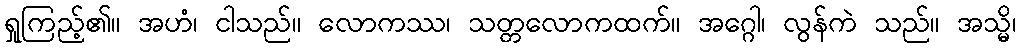
ရှုကြည့်၏။ အဟံ၊ ငါသည်။ လောကဿ၊ သတ္တလောကထက်။ အဂ္ဂေါ၊ လွန်ကဲ သည်။ အသ္မိ၊